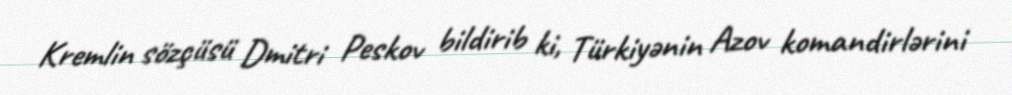
Kremlin sözçüsü Dmitri Peskov bildirib ki, Türkiyənin Azov komandirlərini